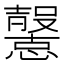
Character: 𢤶